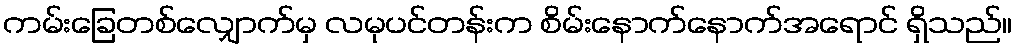
ကမ်းခြေတစ်လျှောက်မှ လမုပင်တန်းက စိမ်းနောက်နောက်အရောင် ရှိသည်။